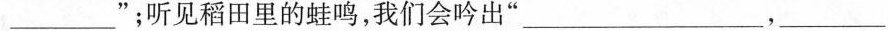
___”；听见稻田里的蛙鸣，我们会吟出”，____ ，_____